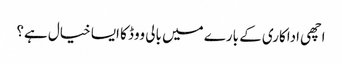
اچھی اداکاری کے بارے میں بالی ووڈ کا ایسا خیال ہے؟